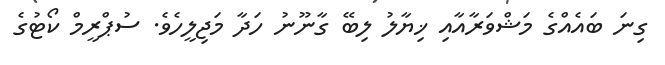
ގިނަ ބައެއްގެ މަޝްވަރާއާއި ޚިޔާލު ލިބޭ ގާނޫނު ހަދާ މަޖިލީހެވެ. ސުޕްރީމް ކޯޓުގެ